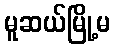
မူဆယ်မြို့မ